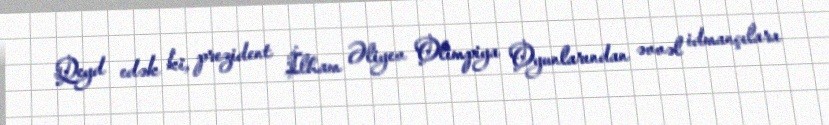
Qeyd edək ki, prezident İlham Əliyev Olimpiya Oyunlarından əvvəl idmançılara